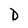
Character: D